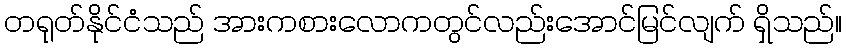
တရုတ်နိုင်ငံသည် အားကစားလောကတွင်လည်းအောင်မြင်လျက် ရှိသည်။